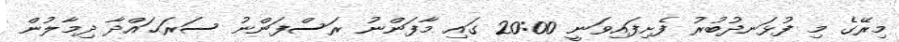
މިރޭގެ މި ފުޅަނދުބުރު ފެށިފައިވަނީ 20:00 ގައި މާފަންނު ރަސްފަންނު ސަރަޙައްދާ ދިމާލުން